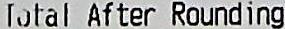
TOTAL AFTER ROUNDING